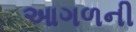
આગળની